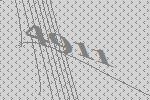
4911